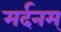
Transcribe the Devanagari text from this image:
मर्दनम्